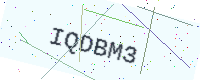
Text: IQDBM3